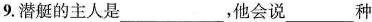
9. 潜艇的主人是___，他会说___种